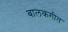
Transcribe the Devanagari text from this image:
बालकगीत